Sanitation, dispensaries and jails vaccination Rajputana 1922-1927 - 1922-1927
Year: 1922
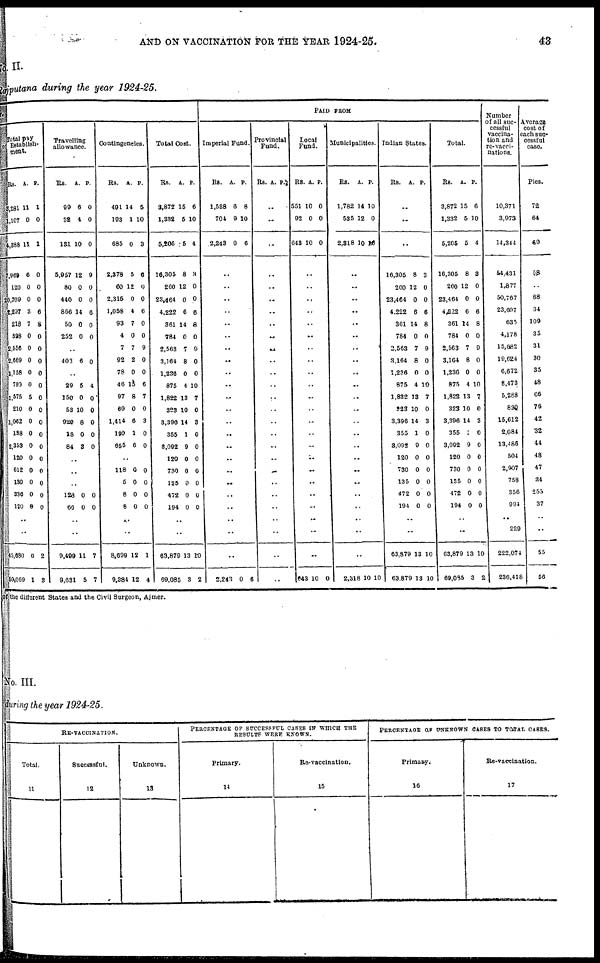
AND ON VACCINATION FOR THE YEAR 1924-25.
43
No II.
Rajputana during the year 1924-25.
Total pay
of Establish-
ment.
Rs.
3,281
1,107
4,388
7,969
120
20,709
4,207
218
528
2,556
2,669
1,158
790
1,575
210
1,062
138
2,353
120
612
130
336
120
A.
11
0
11
6
0
0
8
7
0
0
0
0
0
5
0
0
0
0
0
0
0
0
0
P.
1
0
1
0
0
0
6
8
0
0
0
0
0
0
0
0
0
0
0
0
0
0
0
..
..
45,680
50,069
6
1
2
3
Travelling
allowance.
Rs.
99
32
131
5,957
80
440
866
50
252
A.
6
4
10
12
0
0
14
0
0
P.
0
0
0
9
0
0
6
0
0
..
403 6 0
..
29
150
53
920
18
84
5
0
10
8
0
3
4
0
0
0
0
0
..
..
..
128
66
0
0
0
0
..
..
9,499
9,631
11
5
7
7
Contingencies.
Rs.
491
193
685
2,378
60
2,315
1,058
93
4
7
92
78
46
97
60
1,414
199
655
A.
14
1
0
5
12
0
4
7
0
7
2
0
15
8
0
6
1
6
P.
5
10
3
6
0
0
6
0
0
9
0
0
6
7
0
3
0
0
..
118
5
8
8
0
0
0
0
0
0
0
0
..
..
8,699
9,384
12
12
1
4
Total Cost.
Rs.
3,872
1,332
5,205
16,305
260
23,464
4,222
361
784
2,563
3,164
1,236
875
1,822
323
3,396
355
3,092
120
730
135
472
194
A.
15
5
5
8
12
0
6
14
0
7
8
0
4
13
10
14
1
9
0
0
0
0
0
P.
6
10
4
3
0
0
6
8
0
9
0
0
10
7
0
3
0
0
0
0
0
0
0
..
..
63,879
69,085
13
3
10
2
PAID FROM
Imperial Fund.
Rs.
1,538
704
2,243
A.
6
9
0
P.
8
10
6
..
..
..
..
..
..
..
..
..
..
..
..
..
..
..
..
..
..
..
..
..
..
..
2,243 0 6
Provincial
Fund.
Rs. A. P.
..
..
..
..
..
..
..
..
..
..
..
..
..
..
..
..
..
..
..
..
..
..
..
..
..
..
..
Local
Fund.
Rs.
551
92
643
A.
10
0
10
p.
0
0
0
..
..
..
..
..
..
..
..
..
..
..
..
..
..
..
..
..
..
..
..
..
..
..
643 10 0
Municipalities.
Rs.
1,782
535
2,318
A.
14
12
10
P.
10
0
10
..
..
..
..
..
..
..
..
..
..
..
..
..
..
..
..
..
..
..
..
..
..
..
2,318 10 10
Indian States.
Rs. A. P.
..
..
..
16,305
260
23,464
4,222
361
784
2,563
3,164
1,236
875
1,822
323
3,396
355
3,092
120
730
135
472
194
8
12
0
6
14
0
7
8
0
4
13
10
14
1
9
0
0
0
0
0
3
0
0
6
8
0
9
0
0
10
7
0
3
0
0
0
0
0
0
0
..
..
63,879
63,879
13
13
10
10
Total.
Rs.
3,872
1,332
5,205
16,305
260
23,464
4,222
361
784
2,563
3,164
1,236
875
1,822
323
3,396
355
3,092
120
730
135
472
194
A.
15
5
5
8
12
0
6
14
0
7
8
0
4
13
10
14
7
9
0
0
0
0
0
P.
6
10
4
3
0
0
6
8
0
9
0
0
10
7
0
3
0
0
0
0
0
0
0
..
..
63,879
69,085
13
3
10
2
Number
of all suc-
cessful
vaccina-
tion and
re-vacci-
nations.
10,371
3,973
14,344
54,431
1,877
50,767
23,697
635
4,178
15,682
19,624
6,672
8,473
5,288
820
15,612
2,084
13,486
504
2,907
759
356
994
..
229
222,074
236,418
Average
cost of
each suc-
cessful
case.
Pies.
72
64
69
58
..
88
34
109
35
31
30
35
48
66
76
42
32
44
48
47
34
255
37
..
..
55
56
of the different States and the Civil Surgeon, Ajmer.
No. III.
during the year 1924-25.
RE-VACCINATION.
Total.
11
Successful.
12
Unknown.
13
PERCENTAGE OF SUCCESSFUL CASES IN WHICH THE
RESULTS WERE KNOWN.
Primary.
14
Re-vaccination.
15
PERCENTAGE OF UNKNOWN CASES TO TOTAL CASES.
Primary.
16
Re-vaccination.
17